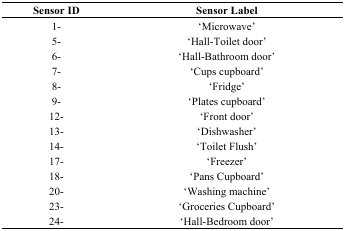
<table><thead><tr><td><b>Sensor ID</b></td><td><b>Sensor Label</b></td></tr></thead><tbody><tr><td>1-</td><td>‘Microwave’</td></tr><tr><td>5-</td><td>‘Hall-Toilet door’</td></tr><tr><td>6-</td><td>‘Hall-Bathroom door’</td></tr><tr><td>7-</td><td>‘Cups cupboard’</td></tr><tr><td>8-</td><td>‘Fridge’</td></tr><tr><td>9-</td><td>‘Plates cupboard’</td></tr><tr><td>12-</td><td>‘Front door’</td></tr><tr><td>13-</td><td>‘Dishwasher’</td></tr><tr><td>14-</td><td>‘Toilet Flush’</td></tr><tr><td>17-</td><td>‘Freezer’</td></tr><tr><td>18-</td><td>‘Pans Cupboard’</td></tr><tr><td>20-</td><td>‘Washing machine’</td></tr><tr><td>23-</td><td>‘Groceries Cupboard’</td></tr><tr><td>24-</td><td>‘Hall-Bedroom door’</td></tr></tbody></table>